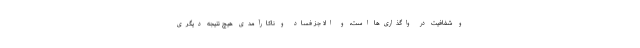
و شفافیت در واگذاری‌ها است، و الا جز فساد و ناکارآمدی هیچ نتیجه دیگری